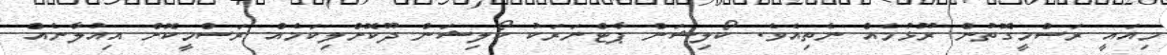
މިއައީ ރަސްމީގޮތުން ރޫޅުމެއް ނެތިއެވެ. ކޯލިޝަން ޕާޓްނަރަކު ކޯލިޝަން ދޫކޮށްލިކަމެއް ރަސްމީކޮށް އިއުލާނެއް